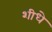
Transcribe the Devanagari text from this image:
शीधे